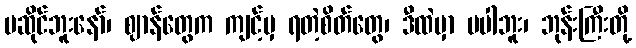
မဆိုင်ဘူးနော်၊ ဈာန်တွေက ကျင့်မှ ရတဲ့စိတ်တွေ၊ ဒီထဲမှာ မပါဘူး၊ ဘုန်းကြီးတို့